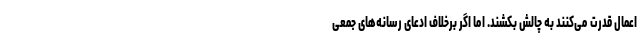
اعمال قدرت می‌کنند به چالش بکشند. اما اگر برخلاف ادعای رسانه‌های جمعی